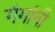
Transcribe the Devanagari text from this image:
गंगांनी